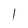
Character: 1